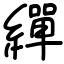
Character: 繟